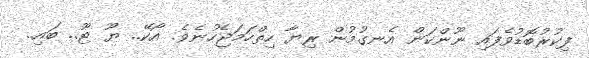
ފިކުރުބޮޑުވެފައި ނޫންކަން އެނގުމުން ރިޔާ ހިތްހަމަޖެހުނެވެ. އޯކޭ.. ޔޫ ޓޫ.. ބައި..